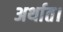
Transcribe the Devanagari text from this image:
अर्थात।